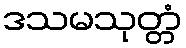
ဒသမသုတ္တံ